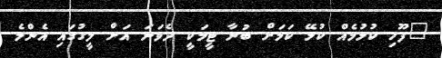
"ފޫހި ކުޅުމެއް ކުޅޭ ކަމަށް ބުނާ ޓީމަކީ ދެވަނަ އަށް ލީގުގައި އެންމެ